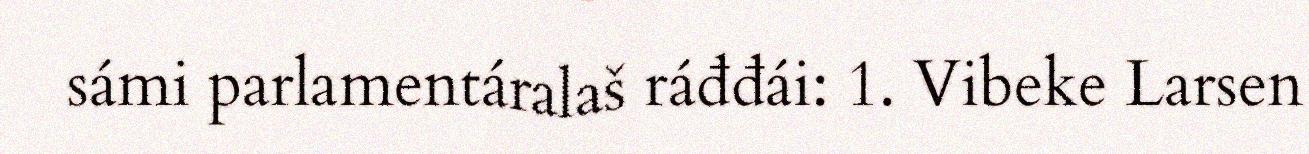
sámi parlamentáralaš ráđđái: 1. Vibeke Larsen